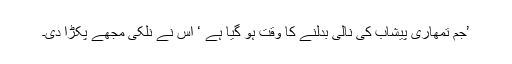
’جم تمھاری پیشاب کی نالی بدلنے کا وقت ہو گیا ہے ‘ اس نے نلکی مجھے پکڑا دی۔